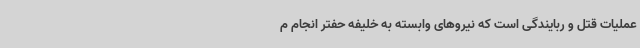
عملیات قتل و ربایندگی است که نیروهای وابسته به خلیفه حفتر انجام م